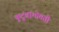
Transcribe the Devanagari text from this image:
कुटुंबांभोवती